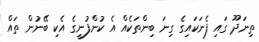
ތިނަދޫ ގައި ފެނަކައިގެ ގިނަ ބިންތަކެއް އެ ކުންފުނީގެ އެކި ބޭނުން ތައް